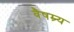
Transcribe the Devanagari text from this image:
वैषम्र्य